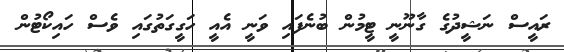
ރައީސް ނަޝީދުގެ ގާނޫނީ ޓީމުން ބުނެފައި ވަނީ އެއީ ހަގީގަތުގައި ވެސް ހައިކޯޓުން